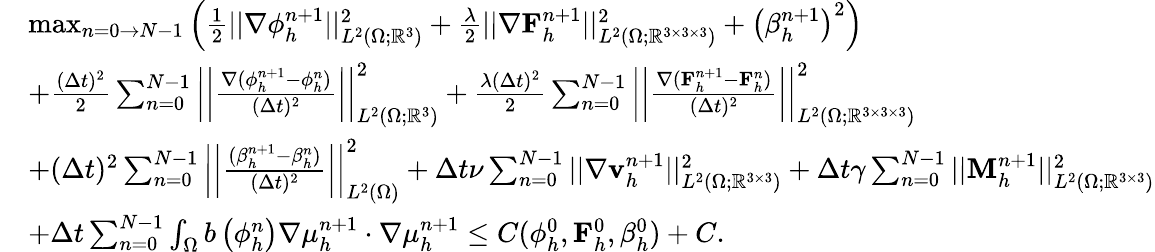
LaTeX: \begin{array}{rl}&{\operatorname*{max}_{n=0\to N-1}\left(\frac{1}{2}||\nabla\phi_{h}^{n+1}||_{L^{2}(\Omega;\mathbb{R}^{3})}^{2}+\frac{\lambda}{2}||\nabla\mathbf{F}_{h}^{n+1}||_{L^{2}(\Omega;\mathbb{R}^{3\times 3\times 3})}^{2}+\left(\beta_{h}^{n+1}\right)^{2}\right)}\\ &{+\frac{(\Delta t)^{2}}{2}\sum_{n=0}^{N-1}\left|\left|\frac{\nabla(\phi_{h}^{n+1}-\phi_{h}^{n})}{(\Delta t)^{2}}\right|\right|_{L^{2}(\Omega;\mathbb{R}^{3})}^{2}+\frac{\lambda(\Delta t)^{2}}{2}\sum_{n=0}^{N-1}\left|\left|\frac{\nabla(\mathbf{F}_{h}^{n+1}-\mathbf{F}_{h}^{n})}{(\Delta t)^{2}}\right|\right|_{L^{2}(\Omega;\mathbb{R}^{3\times 3\times 3})}^{2}}\\ &{+(\Delta t)^{2}\sum_{n=0}^{N-1}\left|\left|\frac{(\beta_{h}^{n+1}-\beta_{h}^{n})}{(\Delta t)^{2}}\right|\right|_{L^{2}(\Omega)}^{2}+\Delta t\nu\sum_{n=0}^{N-1}||\nabla\mathbf{v}_{h}^{n+1}||_{L^{2}(\Omega;\mathbb{R}^{3\times 3})}^{2}+\Delta t\gamma\sum_{n=0}^{N-1}||\mathbf{M}_{h}^{n+1}||_{L^{2}(\Omega;\mathbb{R}^{3\times 3})}^{2}}\\ &{+\Delta t\sum_{n=0}^{N-1}\int_{\Omega}b\left(\phi_{h}^{n}\right)\nabla\mu_{h}^{n+1}\cdot\nabla\mu_{h}^{n+1}\leq C(\phi_{h}^{0},\mathbf{F}_{h}^{0},\beta_{h}^{0})+C.}\end{array}